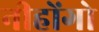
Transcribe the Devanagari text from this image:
नीहोंगो